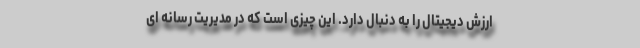
ارزش دیجیتال را به دنبال دارد. این چیزی است که در مدیریت رسانه ای